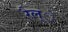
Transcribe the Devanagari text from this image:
रैल्े